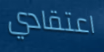
اعتقادي